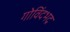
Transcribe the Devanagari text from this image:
गोविंदभद्र